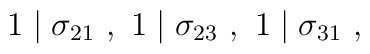
1\mid \sigma_{21} ~ , ~ 1\mid \sigma_{23} ~ , ~ 1\mid \sigma_{31} ~ ,